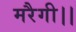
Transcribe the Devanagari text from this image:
मरैगी।।